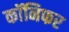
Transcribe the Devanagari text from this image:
कॉनिफर